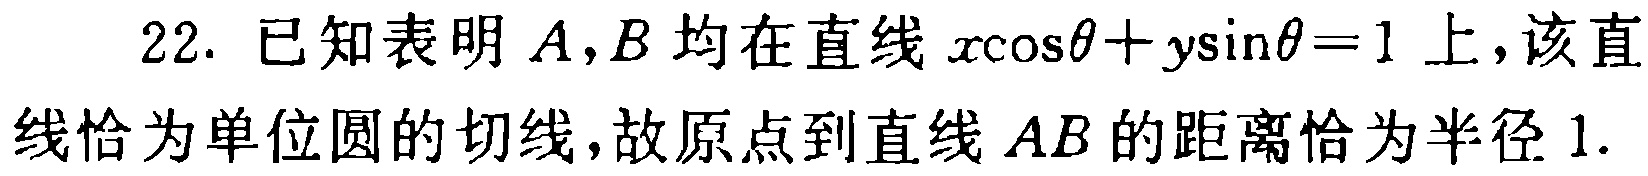
22. 已知表明 \(A,B\) 均在直线 \(x\cos\theta + y\sin\theta = 1\) 上，该直

线恰为单位圆的切线，故原点到直线 \(AB\) 的距离恰为半径 \(1\).